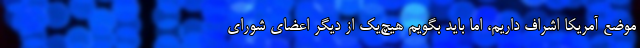
موضع آمریکا اشراف داریم، اما باید بگویم هیچ‌یک از دیگر اعضای شورای